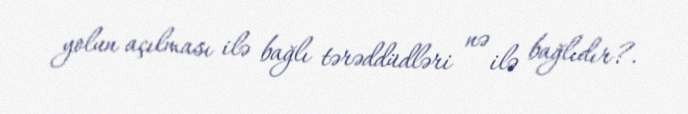
yolun açılması ilə bağlı tərəddüdləri nə ilə bağlıdır?.